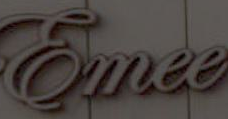
Ennee